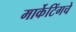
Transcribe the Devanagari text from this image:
मार्केटिंगचे